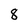
Character: 8